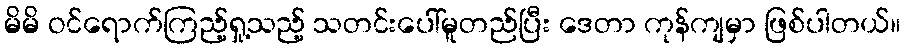
မိမိ ဝင်ရောက်ကြည့်ရှု့သည့် သတင်းပေါ်မူတည်ပြီး ဒေတာ ကုန်ကျမှာ ဖြစ်ပါတယ်။